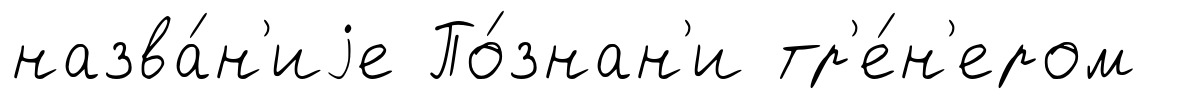
назва́н'иjе По́знан'и тр'е́н'ером